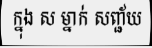
ក្នុង ស ម្នាក់ សញ្ជ័យ